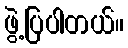
ဖွဲ့ပြပါတယ်။